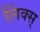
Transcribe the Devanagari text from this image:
लिंक्स्